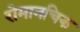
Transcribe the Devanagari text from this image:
रोमानचिक